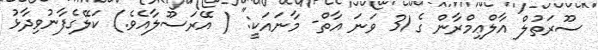
ސޫރަތުލް އާލްޢިމްރާން ގެ 31 ވަނަ އާތް- މާނައަކީ:" ( އޭރަސޫލާއެވެ.) ކަލޭގެފާނުވިދާޅު